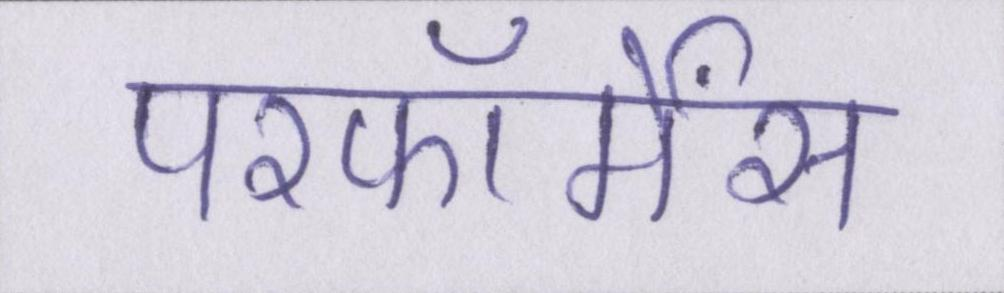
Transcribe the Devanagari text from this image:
परफॉर्मेंस